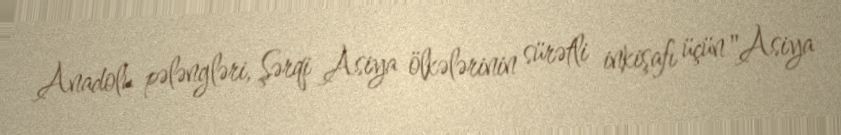
Anadolu pələngləri, Şərqi Asiya ölkələrinin sürətli inkişafı üçün "Asiya